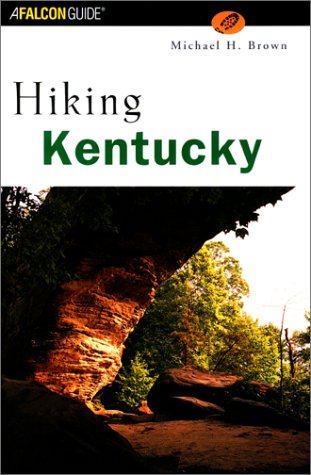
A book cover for Hiking Kentucky (State Hiking Series); Michael H. Brown; Travel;